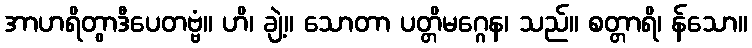
အာဟရိတွာဒီပေတဗ္ဗံ။ ဟိ၊ ချဲ့။ သောတာ ပတ္တိမဂ္ဂေန၊ သည်။ စတ္တာရိ၊ န်သော။